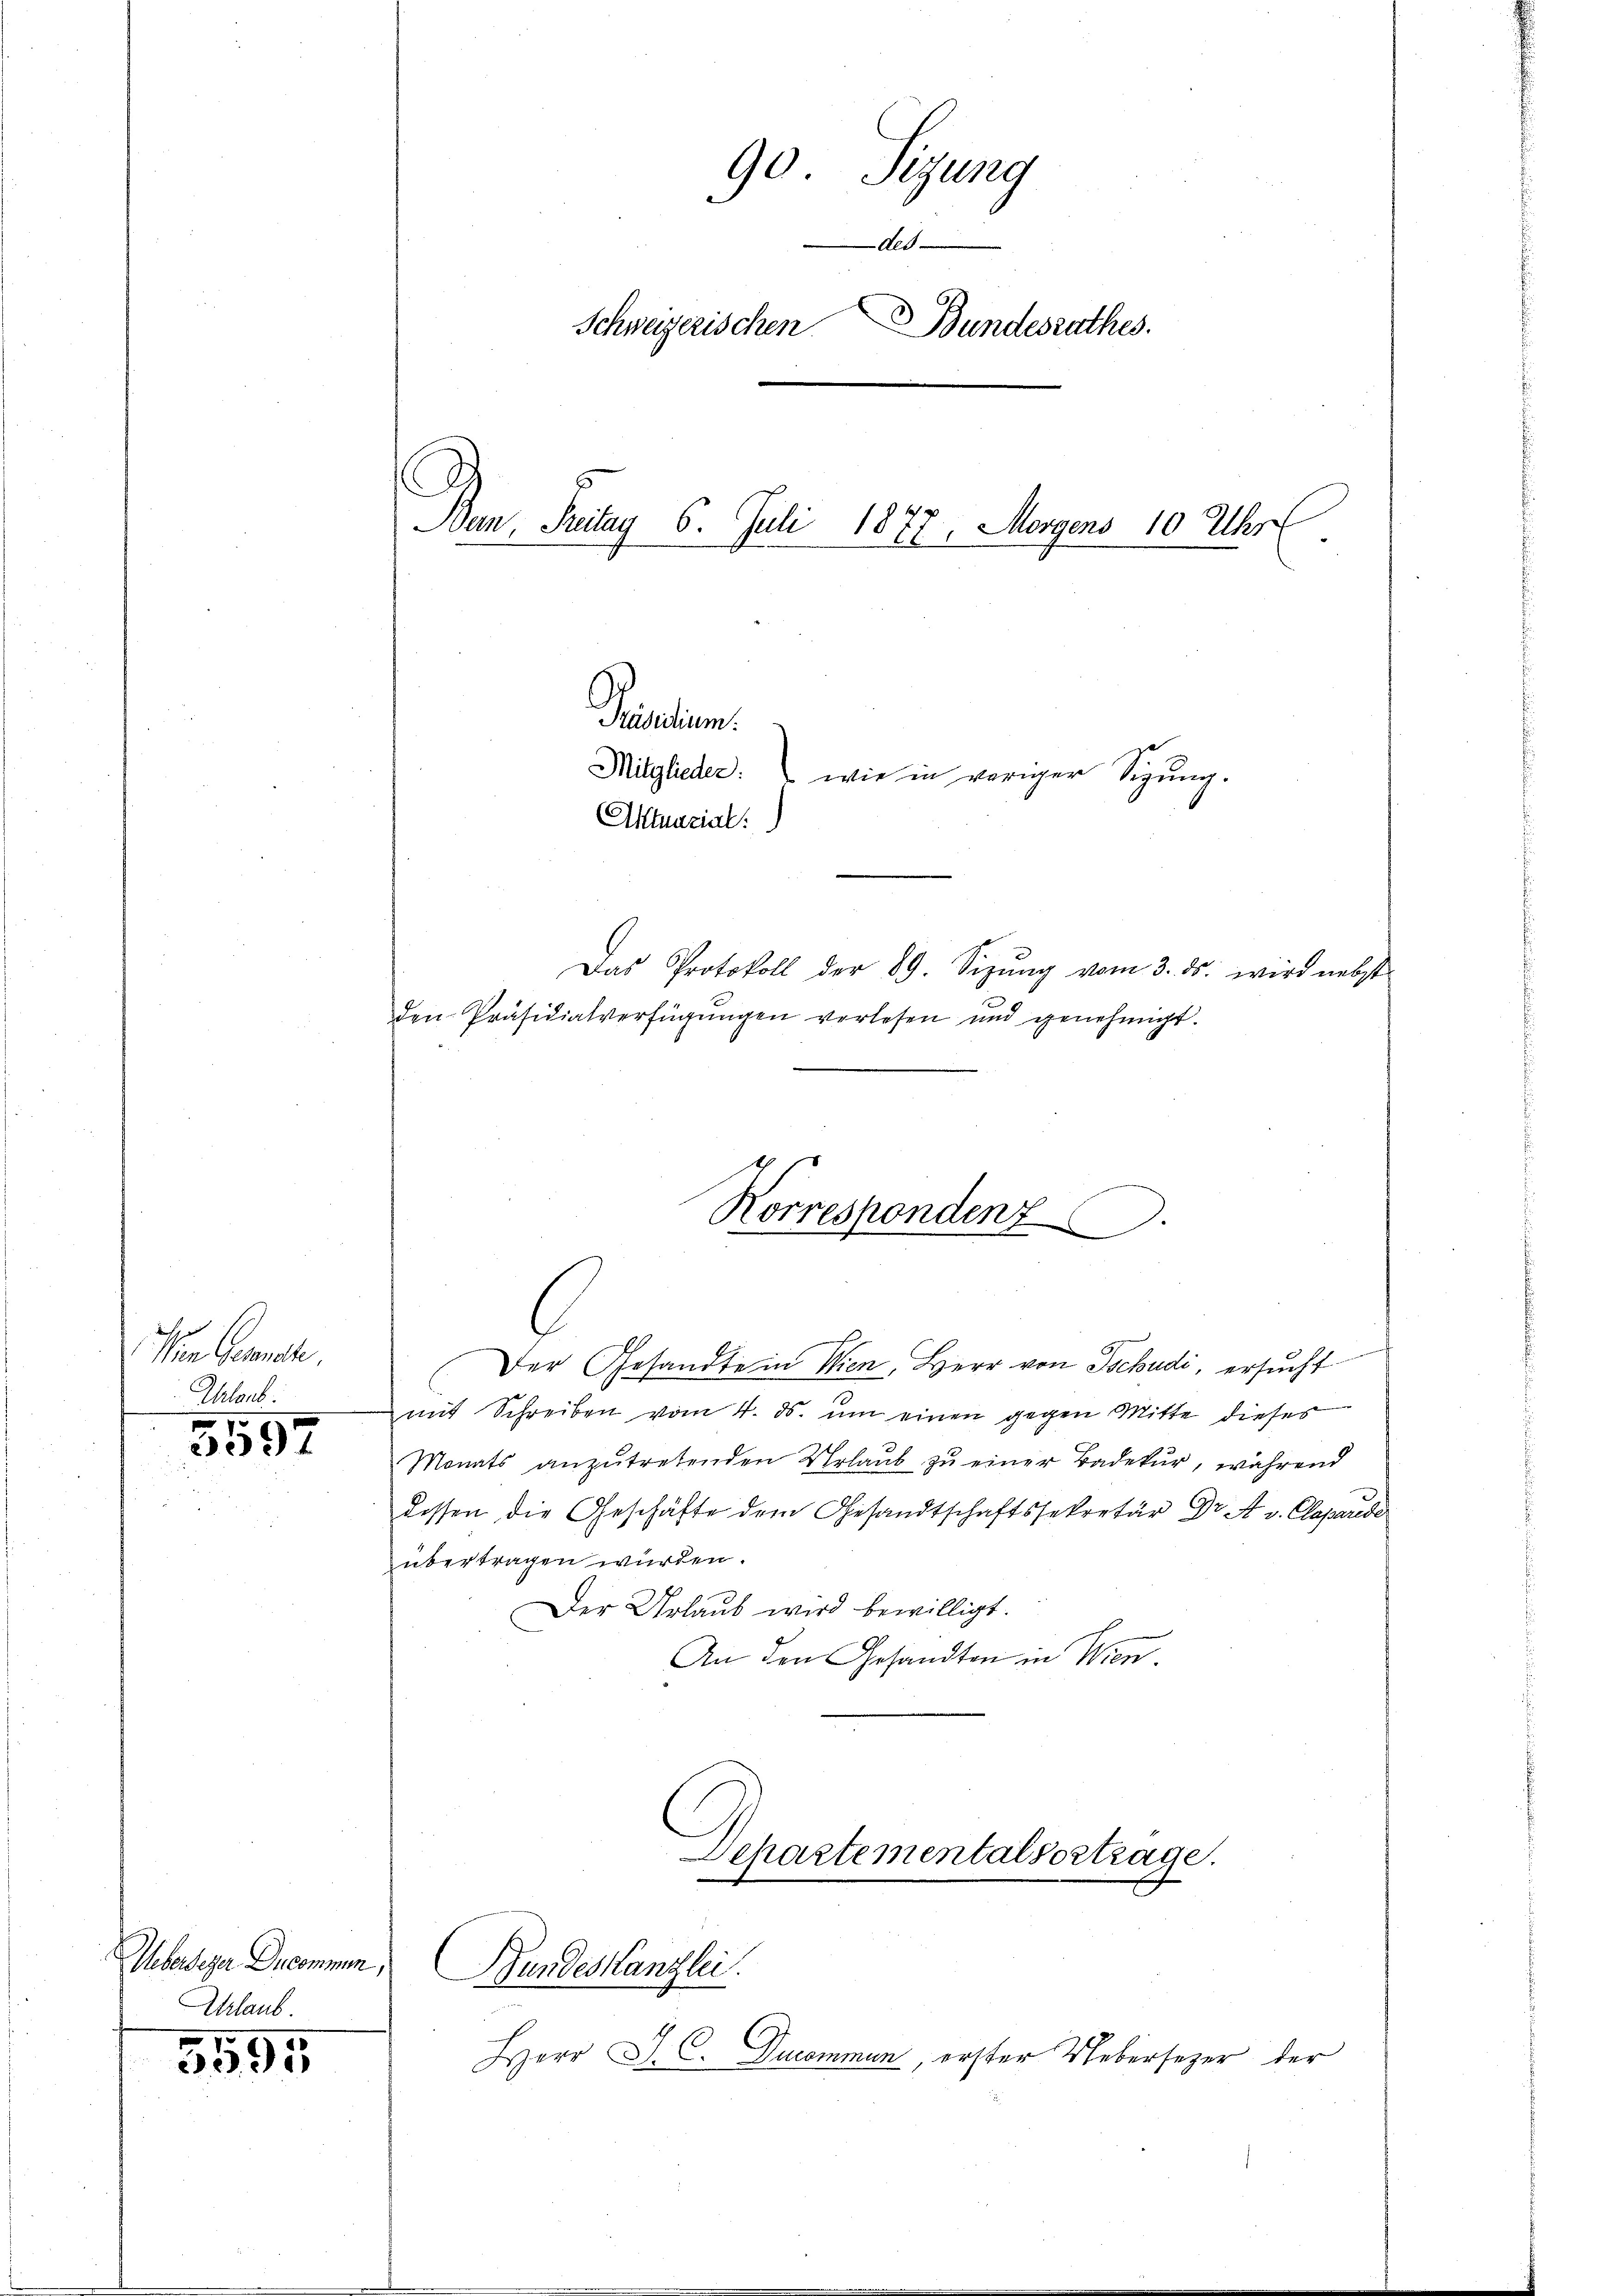
In Gemache
Ihtarb.

3557

Ueberleger Ducommen,
Urlaub

5595

Ban, Freitag 6. Juli 1877, Morgens 10. Uber

Aktuazial:

Das Protokoll der 89. Sizŭng vom 3. ds. wird nebst
den Präsidialverfügungen verlesen und genehmigt.

C
Der Gesandte in Wien, Herr von Tschudi, ersucht
n
mit Schreiben vom 4. ds. um einen gegen Mitte dieses
Monats anzutretenden Urlaub zu einer Badekur, während
dessen die Geschäfte dem Gesandtschaftssekretär Dr. A. v. Claparede
übertragen würden.
Der Urlaub wird bewilligt.
An den Gesandten in Wien.

90 Sizung
des
Schweizerischen Bundesrathes.

Mitglieder: wie in veriger Sigung.

Pantum.

Herr J. C. Ducommun, erster Uebersezer der

Korrespondenz

Departementalvortrage.
“
Bundeskanzlei